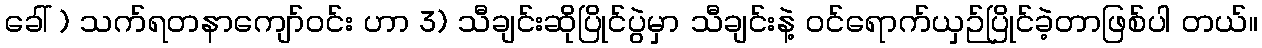
ခေါ် ) သက်ရတနာကျော်ဝင်း ဟာ 3) သီချင်းဆိုပြိုင်ပွဲမှာ သီချင်းနဲ့ ဝင်ရောက်ယှဉ်ပြိုင်ခဲ့တာဖြစ်ပါ တယ်။